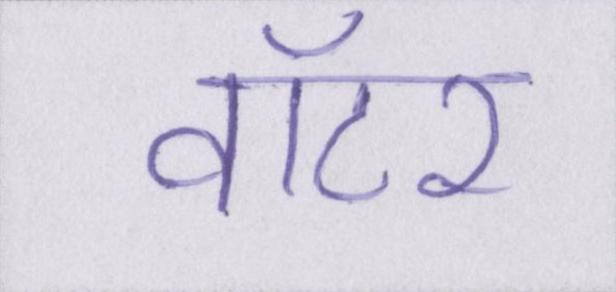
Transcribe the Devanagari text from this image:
वॉटर